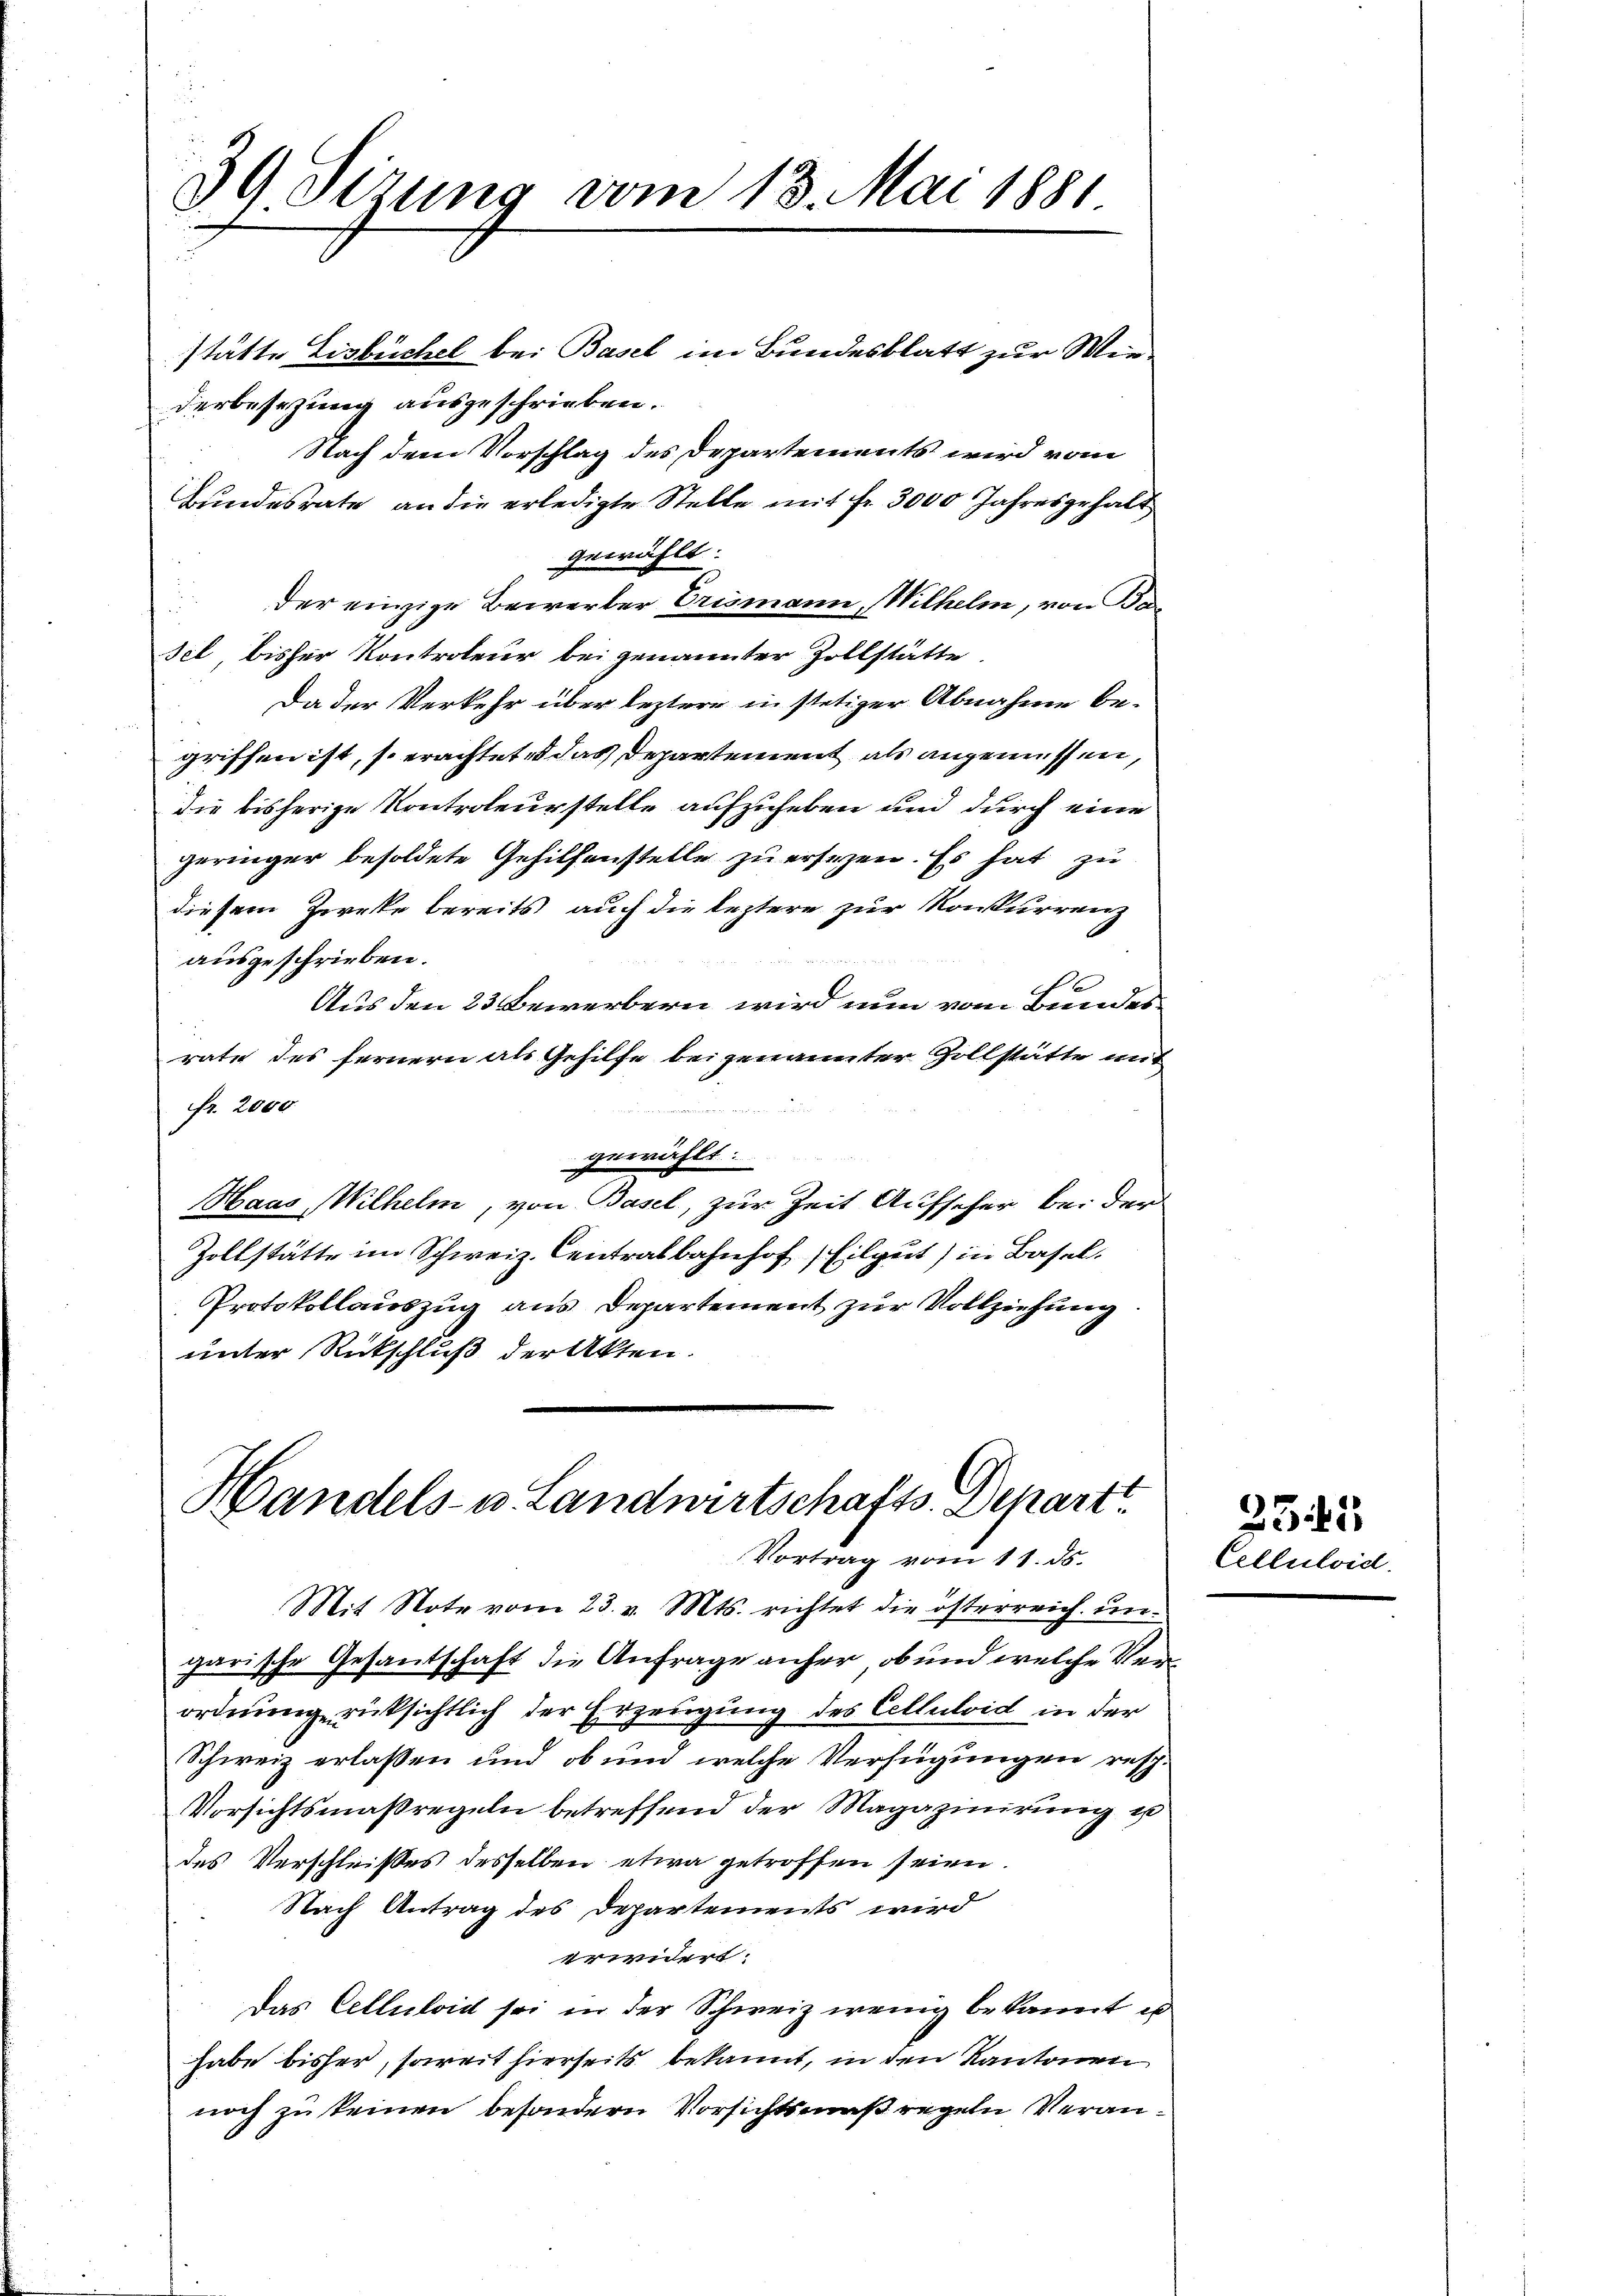
39 Sizung vom 13. Mai 1881

stätte Eisbüchel bei Basel im Bundesblatt zur Weiderbesezung ausgeschrieben.
Nach dem Vorschlag des Departements wird vom
Bundesrate an die erledigte Stelle mit fr. 3000 Jahresgehalt
gewählt.
der einzige Bewerter Erismann, Wilhelm, von Basel bisher Kontroleur bei genannter Zollstätte
Da der Verkehr über leztere in stetiger Abnahme begriffen ist, so erachtet, das Departement als angemessen,
die bisherige Kontroleurstelle aufzuheben und durch eine
geringer besoldete Gehilfenstelle zu ersezen. Es hat zu
diesem Zwecke bereits auch die leztere zur Konkurrenz
ausgeschrieben.
u
Aus den 23 Bewerbern wird nun vom Bundesrate des fernern als Gehilfe beigenannter Zollstätte mit
fr. 2000
gewählt:
Haas Wilhelm, von Basel, zur Zeit Aufseher bei der
Zollstätte im Schweiz. Centralbahnhof, Eilgut) in Basel.
Protokollauszug aus Departement zur Vollziehung
unter Rückschluß der Akten.

Handels- u. Landwirtschafts-Depart
Vortrag vom 11. ds.

Mit Note vom 23. v. Mts. richtet die österreich ungarische Gesandschaft die Anfrage anher, ob und welche Verordnung rücksichtlich der Erzeugung des Celluloid in der
Schweiz erlassen und ob um welche Verfügungen resp.
Vorsichtsmaßregeln betreffend der Magazinirung us
des Verschleißes desselben etwa getroffen seien.
Nach Antrag des Departements wird
erwidert:
Das Cellelaid sei in der Schweiz wenig bekannt, es
habe bisher, soweit hierseits bekannt, in den Kantonen
noch zu keinen besondern Vorsichtsmaßregeln Veran¬

Cellulvid.

2545